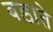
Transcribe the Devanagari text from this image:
बड़ाते